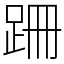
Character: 跚